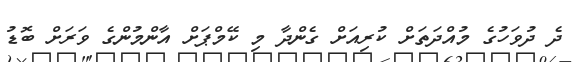
ދެ ދުވަހުގެ މުއްދަތަށް ކުރިއަށް ގެންދާ މި ކޭމްޕަށް އާންމުންގެ ވަރަށް ބޮޑު